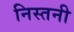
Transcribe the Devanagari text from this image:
निस्तनी